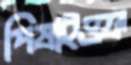
পিষাইওফ